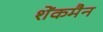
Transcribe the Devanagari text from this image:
शेंकमैन